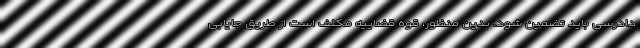
دادرسی باید تضمین شود. بدین منظور، قوه قضاییه مکلف است از طریق جایابی